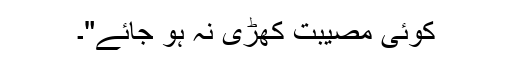
کوئی مصیبت کھڑی نہ ہو جائے"۔